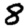
Digit: 8